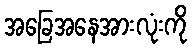
အခြေအနေအားလုံးကို